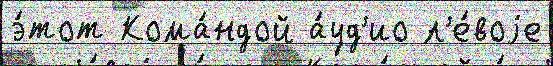
э́тот Кома́ндой а́уд'ио л'е́воjе